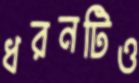
ধরনটিও